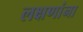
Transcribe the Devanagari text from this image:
लक्षणांना